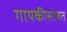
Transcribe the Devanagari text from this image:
गायकीसोबत